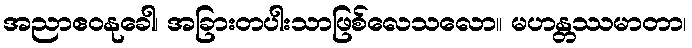
အညာဧဝနုခေါ၊ အခြားတပါးသာဖြစ်လေသလော။ မဟန္တဿမာတာ၊